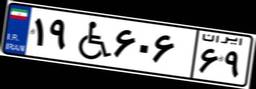
۱۹W۶۰۶۶۹